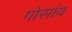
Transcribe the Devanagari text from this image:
गोसांय